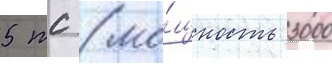
5 тс (мо́щность 3000